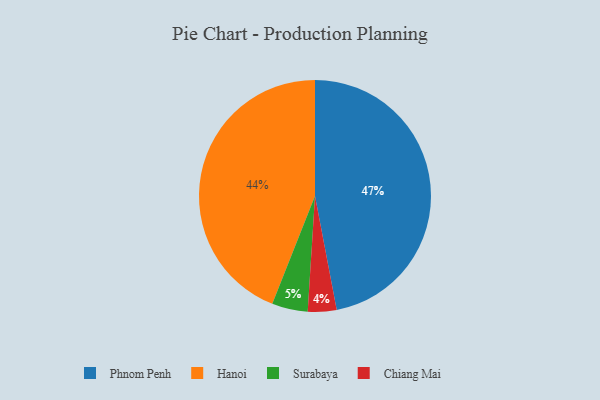
{"axis": {"x": "Category", "y": "Percentage"}, "legend": ["Chiang Mai", "Hanoi", "Phnom Penh", "Surabaya"], "data": [{"x": "Surabaya", "y": 5, "type": "Surabaya"}, {"x": "Hanoi", "y": 44, "type": "Hanoi"}, {"x": "Chiang Mai", "y": 4, "type": "Chiang Mai"}, {"x": "Phnom Penh", "y": 47, "type": "Phnom Penh"}]}